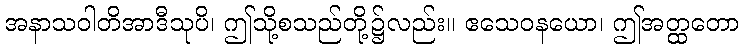
အနာသဝါတိအာဒီသုပိ၊ ဤသို့စသည်တို့၌လည်း။ ဧသေဝနယော၊ ဤအတ္ထတော